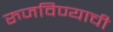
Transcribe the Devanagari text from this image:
रुजविण्याची